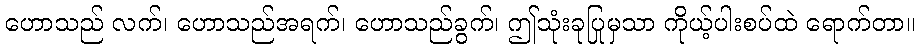
ဟောသည် လက်၊ ဟောသည်အရက်၊ ဟောသည်ခွက်၊ ဤသုံးခုပြုမှသာ ကိုယ့်ပါးစပ်ထဲ ရောက်တာ။